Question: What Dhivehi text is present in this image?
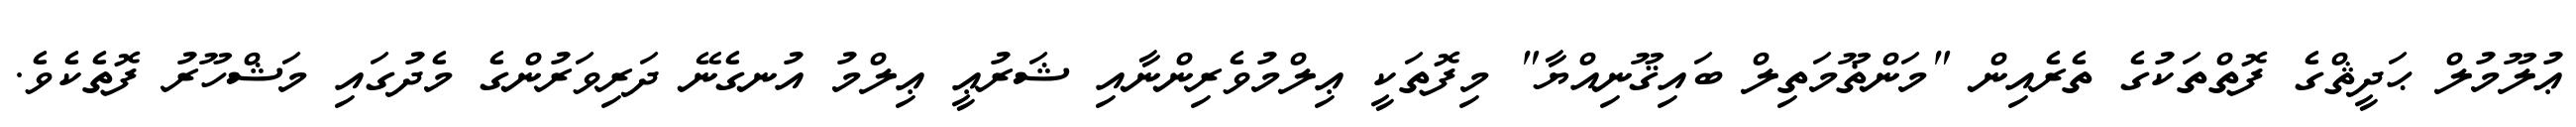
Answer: ޢުލޫމުލް ޙަދީޘްގެ ފޮތްތަކުގެ ތެރެއިން "މަންޡޫމަތިލް ބައިޤޫނިއްޔާ" މިފޮތަކީ ޢިލްމުވެރިންނާއި ޝަރުޢީ ޢިލްމު އުނގެނޭ ދަރިވަރުންގެ މެދުގައި މަޝްހޫރު ފޮތެކެވެ.